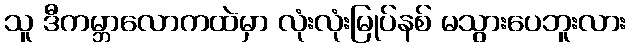
သူ ဒီကမ္ဘာလောကထဲမှာ လုံးလုံးမြုပ်နစ် မသွားပေဘူးလား